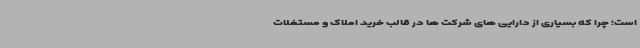
است؛ چرا که بسیاری از دارایی های شرکت ها در قالب خرید املاک و مستغلات